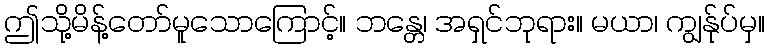
ဤသို့မိန့်တော်မူသောကြောင့်။ ဘန္တေ၊ အရှင်ဘုရား။ မယာ၊ ကျွန်ုပ်မှ။